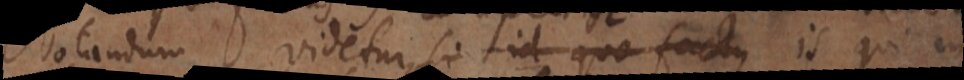
Notandum videtur, si id quo factus is qui in